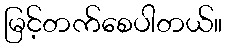
မြင့်တက်စေပါတယ်။